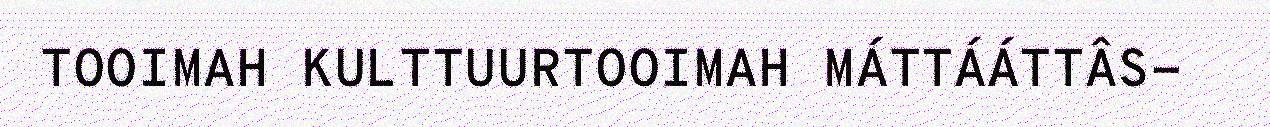
TOOIMAH KULTTUURTOOIMAH MÁTTÁÁTTÂS-